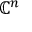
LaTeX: \mathbf { \mathbb { C } } ^ { n }